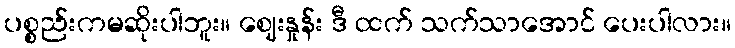
ပစ္စည်းကမဆိုးပါဘူး။ ဈေးနှုန်း ဒီ ထက် သက်သာအောင် ပေးပါလား။